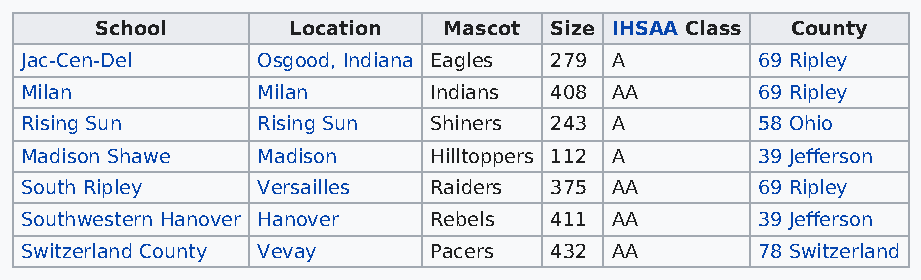
School       Location  Mascot Size IHSAA Class County
 Jac-Cen-Del     Osgood, Indiana Eagles 279 A     69 Ripley
 Milan           Milan      Indians 408 AA        69 Ripley
 Rising Sun      Rising Sun Shiners 243 A         58 Ohio
 Madison Shawe   Madison    Hilltoppers 112 A     39 Jefferson
 South Ripley    Versailles Raiders 375 AA        69 Ripley
 Southwestern Hanover Hanover Rebels 411 AA       39 Jefferson
 Switzerland County Vevay   Pacers  432 AA        78 Switzerland